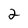
Character: 2